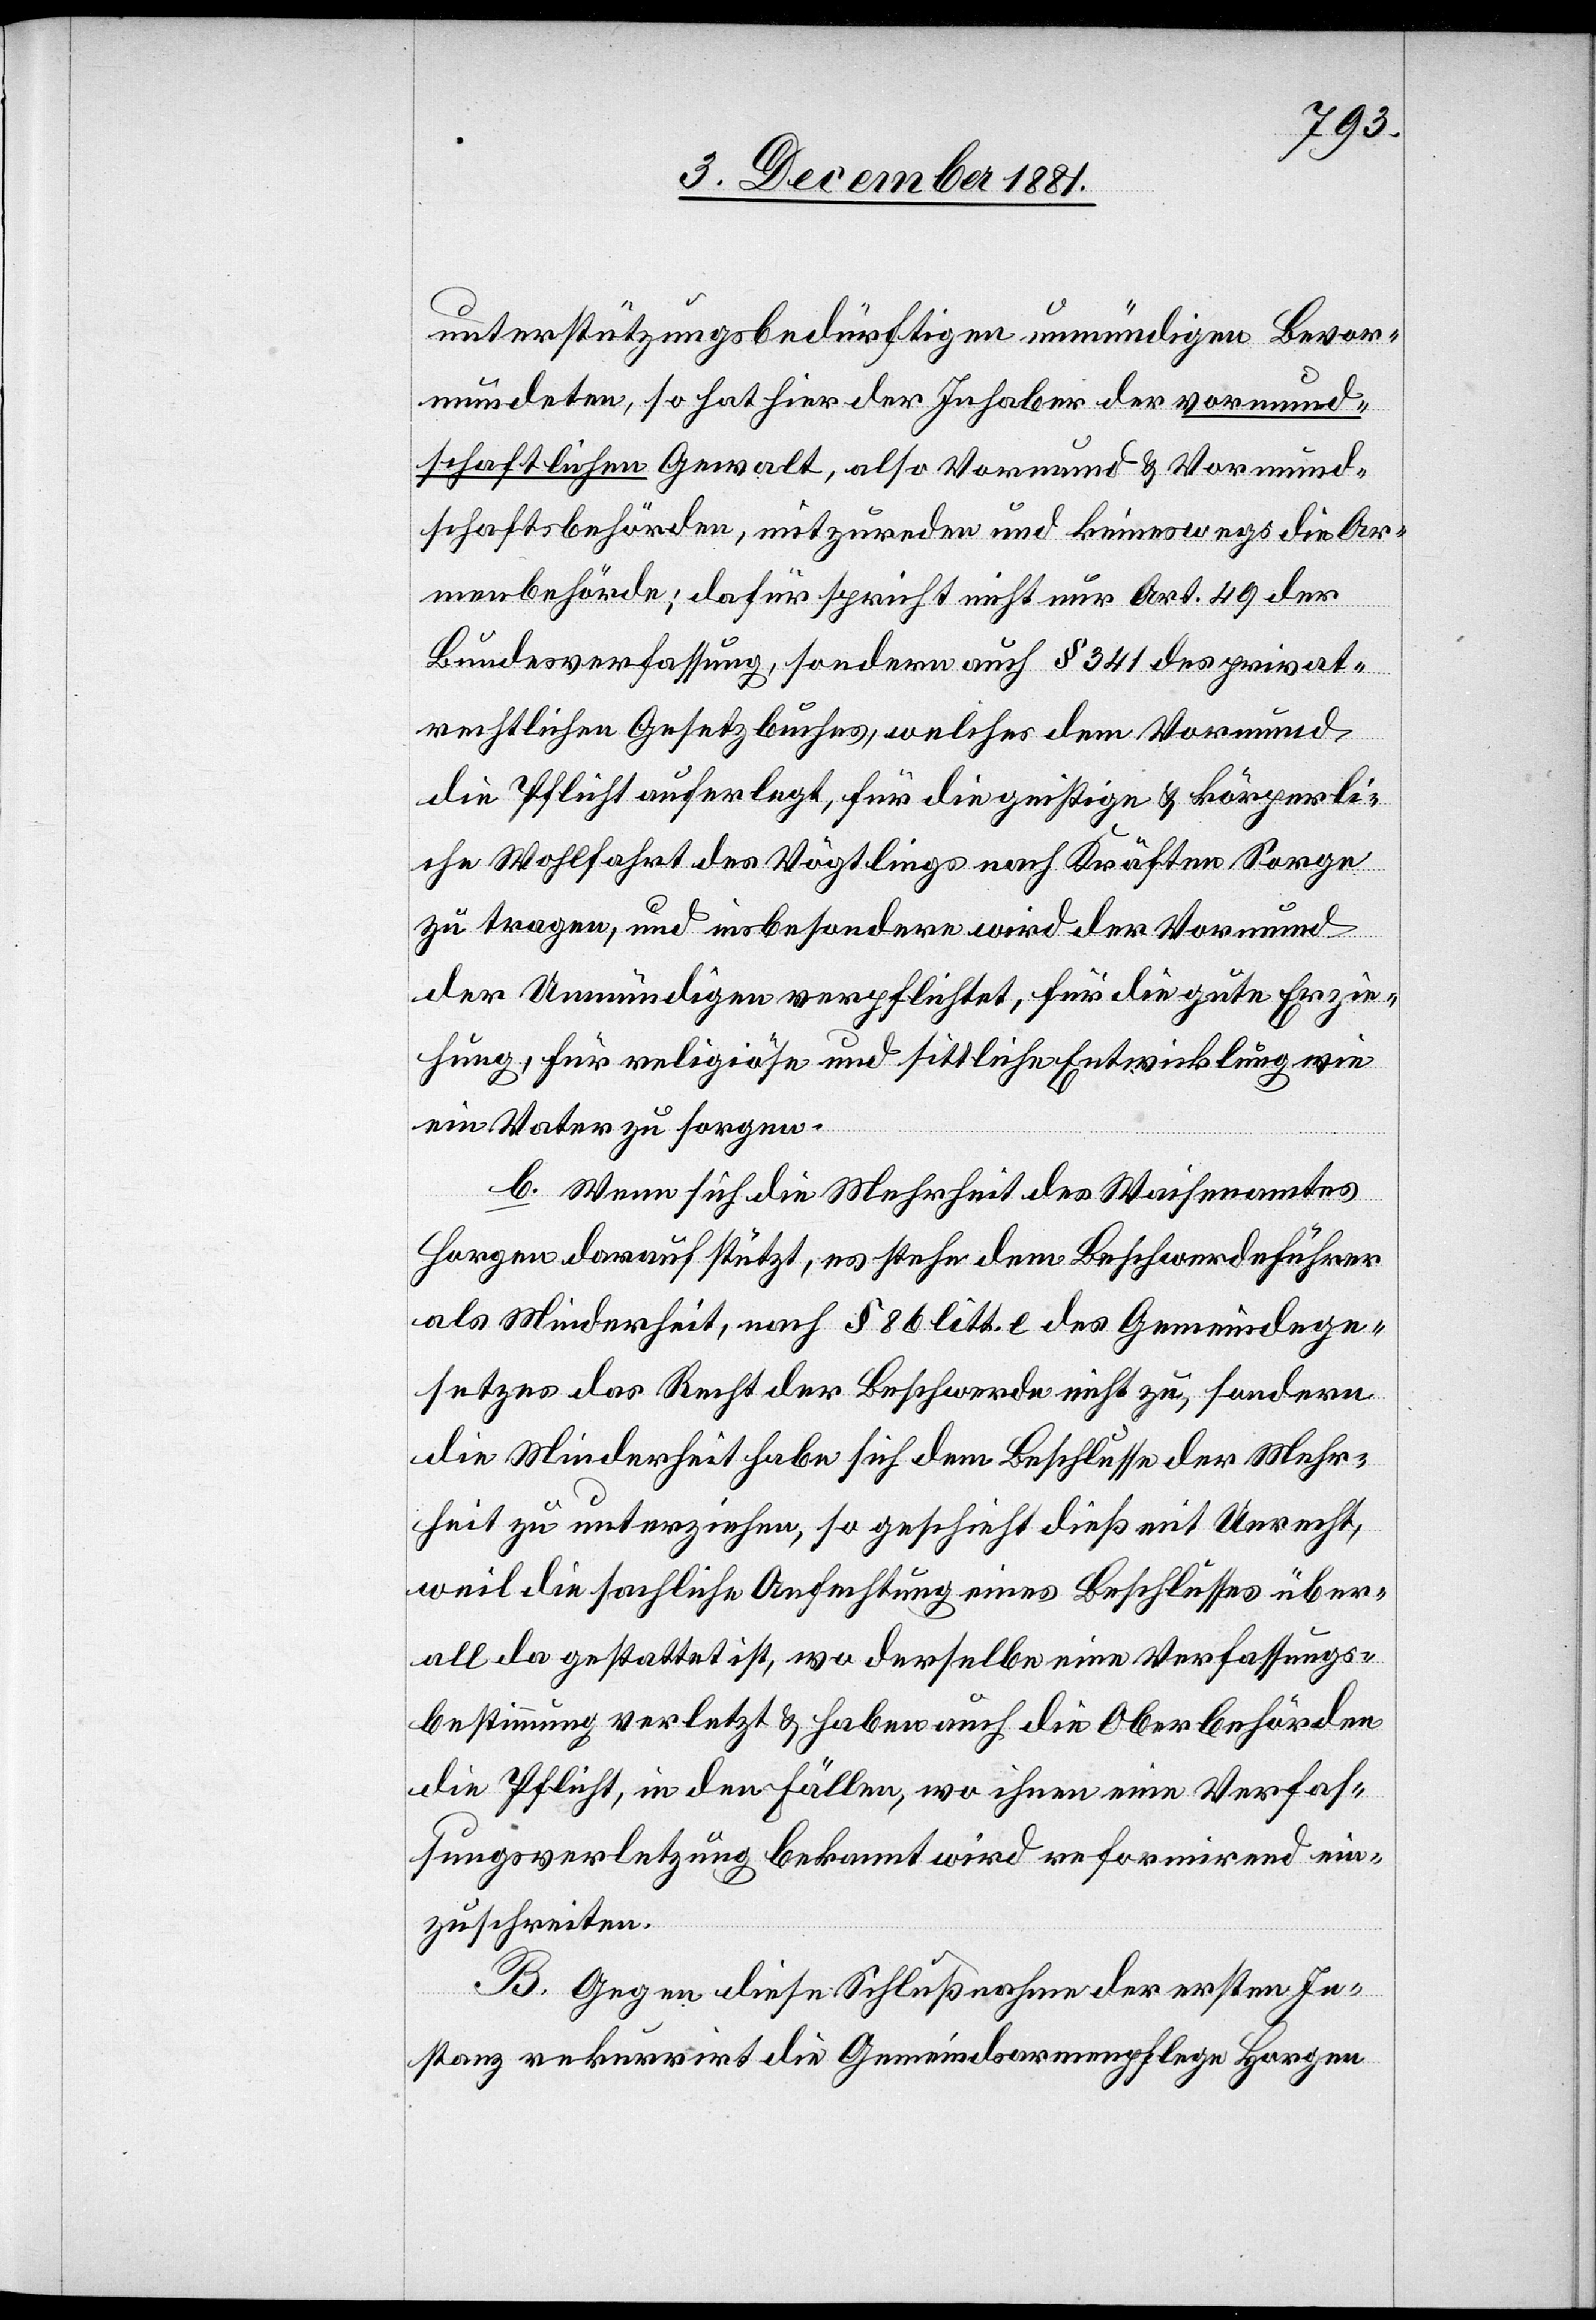
unterstützungsbedürftigen unmündigen Bevor¬
mundeten, so hat hier der Inhaber der vormund¬
schaftlichen Gewalt, also Vormund & Vormund¬
schaftsbehörden, mitzureden und keineswegs die Ar¬
menbehörde; dafür spricht nicht nur Art. 49 der
Bundesverfassung, sondern auch § 341 des privat¬
rechtlichen Gesetzbuches, welches dem Vormund
die Pflicht auferlegt, für die geistige & körperli¬
che Wohlfahrt des Vögtlings nach Kräften Sorge
zu tragen, und insbesondere wird der Vormund
der Unmündigen verpflichtet, für die gute Erzie¬
hung, für religiöse und sittliche Entwicklung wie
ein Notar zu sorgen.
b. Wenn sich die Mehrheit des Waisenamtes
Horgen darauf stützt, es stehe dem Beschwerdeführer
als Minderheit, nach § 86 litt. c des Gemeindege¬
setzes das Recht der Beschwerde nicht zu, sondern
die Minderheit habe sich dem Beschlusse der Mehr¬
heit zu unterziehen, so geschieht dieß mit Unrecht,
weil die sachliche Anfechtung eines Beschlusses über¬
all da gestattet ist, wo derselbe eine Verfassungs¬
bestimmung verletzt & haben auch die Oberbehörden
die Pflicht, in den Fällen, wo ihnen eine Verfas¬
sungsverletzung bekannt wird reformirend ein¬
zuschreiten.
B. Gegen diese Schlußnahme der ersten In¬
stanz rekurrirt die Gemeindsarmenpflege Horgen